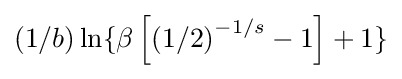
\left(1/b\right)\ln\{\beta \left[\left(1/2\right)^{-1/s}-1\right]+1\}